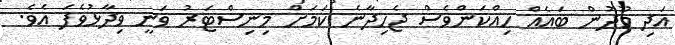
އަދި މޫދުން ބައެއް ހިއްކަންވެސް ޖެހިދާނެ ކަމަށް މިނިސްޓަރު ވަނީ ވިދާޅުވެފަ އެވެ.